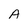
Character: A